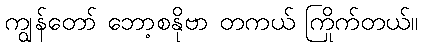
ကျွန်တော် ဘော့စနိုဗာ တကယ် ကြိုက်တယ်။